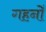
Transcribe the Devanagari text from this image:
गहनोँ